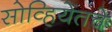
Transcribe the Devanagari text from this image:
सोव्हियेतचे